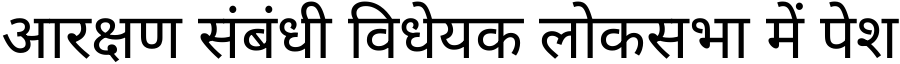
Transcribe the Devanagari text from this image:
आरक्षण संबंधी विधेयक लोकसभा में पेश